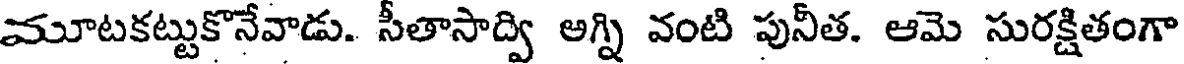
మూటకట్టుకొనేవాడు. సీతాసాద్వి అగ్ని వంటి పునీత. ఆమె సురక్షితంగా